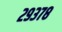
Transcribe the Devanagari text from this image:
२९३७८